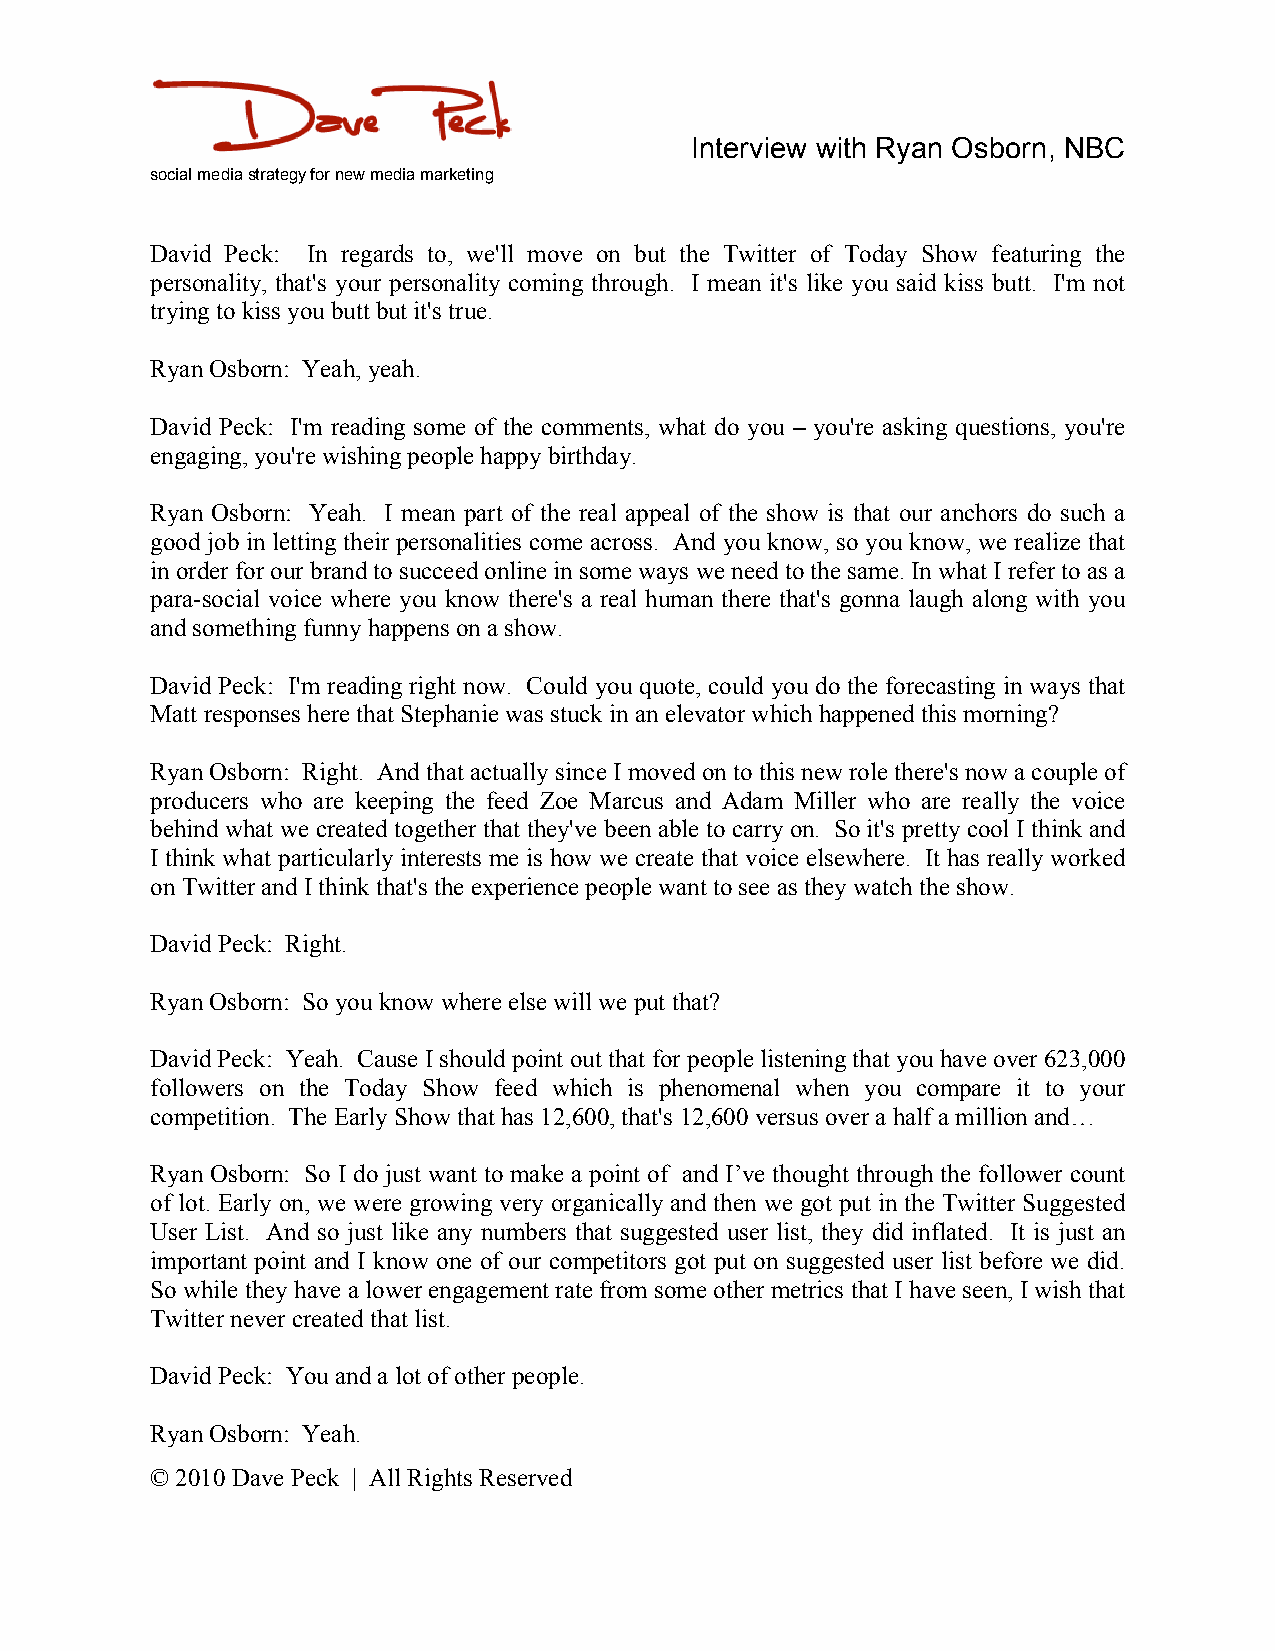
Interview with Ryan Osborn, NBC
 social media strategy for new media marketing
 David Peck: In regards to, we'll move on but the Twitter of Today Show featuring the
 personality, that's your personality coming through. I mean it's like you said kiss butt. I'm not
 trying to kiss you butt but it's true.
 Ryan Osborn: Yeah, yeah.
 David Peck: I'm reading some of the comments, what do you – you're asking questions, you're
 engaging, you're wishing people happy birthday.
 Ryan Osborn: Yeah. I mean part of the real appeal of the show is that our anchors do such a
 good job in letting their personalities come across. And you know, so you know, we realize that
 in order for our brand to succeed online in some ways we need to the same. In what I refer to as a
 para-social voice where you know there's a real human there that's gonna laugh along with you
 and something funny happens on a show.
 David Peck: I'm reading right now. Could you quote, could you do the forecasting in ways that
 Matt responses here that Stephanie was stuck in an elevator which happened this morning?
 Ryan Osborn: Right. And that actually since I moved on to this new role there's now a couple of
 producers who are keeping the feed Zoe Marcus and Adam Miller who are really the voice
 behind what we created together that they've been able to carry on. So it's pretty cool I think and
 I think what particularly interests me is how we create that voice elsewhere. It has really worked
 on Twitter and I think that's the experience people want to see as they watch the show.
 David Peck: Right.
 Ryan Osborn: So you know where else will we put that?
 David Peck: Yeah. Cause I should point out that for people listening that you have over 623,000
 followers on the Today Show feed which is phenomenal when you compare it to your
 competition. The Early Show that has 12,600, that's 12,600 versus over a half a million and…
 Ryan Osborn: So I do just want to make a point of and I’ve thought through the follower count
 of lot. Early on, we were growing very organically and then we got put in the Twitter Suggested
 User List. And so just like any numbers that suggested user list, they did inflated. It is just an
 important point and I know one of our competitors got put on suggested user list before we did.
 So while they have a lower engagement rate from some other metrics that I have seen, I wish that
 Twitter never created that list.
 David Peck: You and a lot of other people.
 Ryan Osborn: Yeah.
 © 2010 Dave Peck | All Rights Reserved